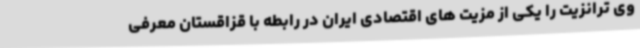
وی ترانزیت را یکی از مزیت های اقتصادی ایران در رابطه با قزاقستان معرفی